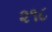
૨૧૮